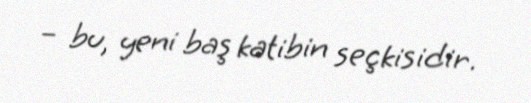
– bu, yeni baş katibin seçkisidir.